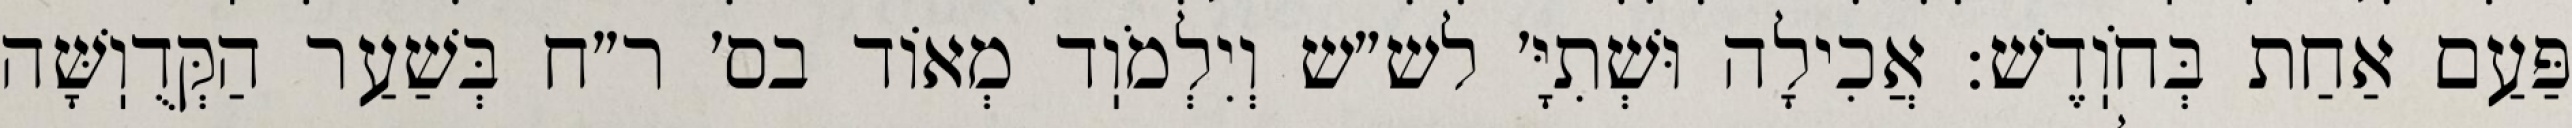
פַּעַם אַחַת בְּחֹוֽדֶשׁ: אֲכִילָה וּשְׁתִיָּ׳ לש״ש וְיִלְמֹוֽד מְאוֹד בס׳ ר״ח בְּשַׁעַר הַקְּדֻוֽשָּׁה